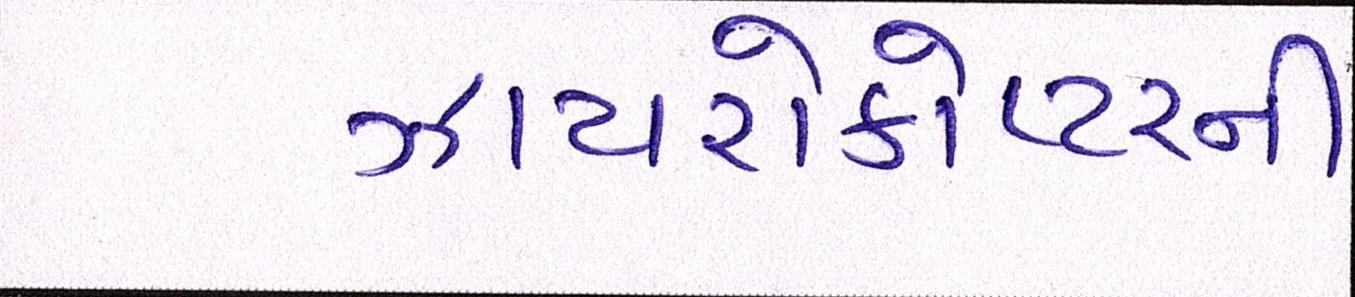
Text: ઝાયરોકોપ્ટરની